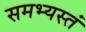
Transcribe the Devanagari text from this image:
समभ्यस्तं